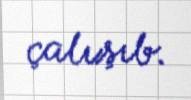
çalışıb.